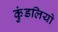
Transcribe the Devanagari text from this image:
कुंडलियो